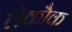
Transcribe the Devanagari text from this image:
लेकौक